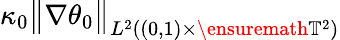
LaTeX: \kappa_{0}\big\| \nabla{\theta}_{0}\big\| _{L^{2}((0,1)\times\ensuremath{\mathbb{T}}^{2})}